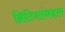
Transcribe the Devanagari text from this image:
ब्रिटिशांबद्दल